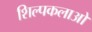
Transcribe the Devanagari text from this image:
शिल्‍पकलाओ